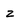
Character: z